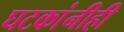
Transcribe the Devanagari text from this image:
घटकांनीही